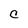
Character: C